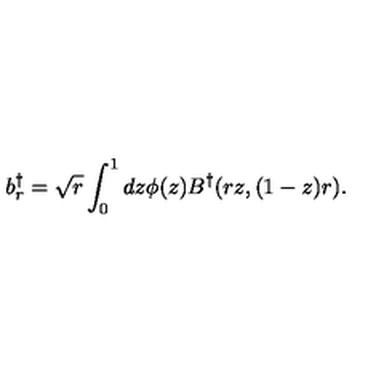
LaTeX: b _ { r } ^ { \dagger } = \sqrt { r } \int _ { 0 } ^ { 1 } d z \phi ( z ) B ^ { \dagger } ( r z , ( 1 - z ) r ) .